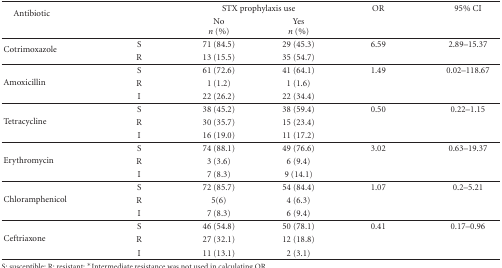
| <ROWSPAN=2> Antibiotic |  | <COLSPAN=2> STX prophylaxis use | OR | 95% CI |
 |  | Non (%) | Yesn (%) |  |  |
 | --- | --- | --- | --- | --- | --- |
 | <ROWSPAN=2> Cotrimoxazole | S | 71 (84.5) | 29 (45.3) | 6.59 | 2.89–15.37 |
 | R | 13 (15.5) | 35 (54.7) |  |  |
 | <ROWSPAN=3> Amoxicillin | S | 61 (72.6) | 41 (64.1) | 1.49 | 0.02–118.67 |
 | R | 1 (1.2) | 1 (1.6) |  |  |
 | I | 22 (26.2) | 22 (34.4) |  |  |
 | <ROWSPAN=3> Tetracycline | S | 38 (45.2) | 38 (59.4) | 0.50 | 0.22–1.15 |
 | R | 30 (35.7) | 15 (23.4) |  |  |
 | I | 16 (19.0) | 11 (17.2) |  |  |
 | <ROWSPAN=3> Erythromycin | S | 74 (88.1) | 49 (76.6) | 3.02 | 0.63–19.37 |
 | R | 3 (3.6) | 6 (9.4) |  |  |
 | I | 7 (8.3) | 9 (14.1) |  |  |
 | <ROWSPAN=3> Chloramphenicol | S | 72 (85.7) | 54 (84.4) | 1.07 | 0.2–5.21 |
 | R | 5(6) | 4 (6.3) |  |  |
 | I | 7 (8.3) | 6 (9.4) |  |  |
 | <ROWSPAN=3> Ceftriaxone | S | 46 (54.8) | 50 (78.1) | 0.41 | 0.17–0.96 |
 | R | 27 (32.1) | 12 (18.8) |  |  |
 | I | 11 (13.1) | 2 (3.1) |  |  |